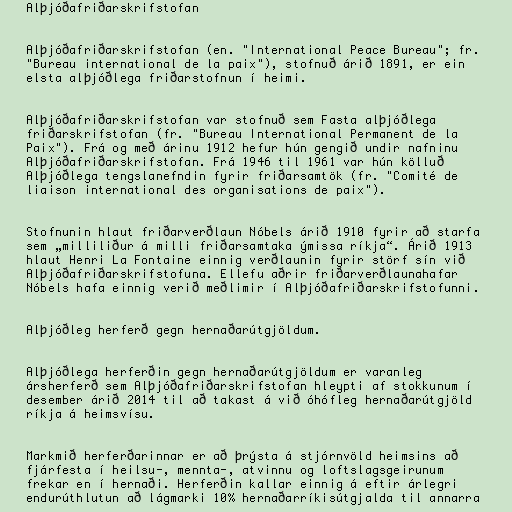
Alþjóðafriðarskrifstofan

Alþjóðafriðarskrifstofan (en. "International Peace Bureau"; fr.
"Bureau international de la paix"), stofnuð árið 1891, er ein
elsta alþjóðlega friðarstofnun í heimi.

Alþjóðafriðarskrifstofan var stofnuð sem Fasta alþjóðlega
friðarskrifstofan (fr. "Bureau International Permanent de la
Paix"). Frá og með árinu 1912 hefur hún gengið undir nafninu
Alþjóðafriðarskrifstofan. Frá 1946 til 1961 var hún kölluð
Alþjóðlega tengslanefndin fyrir friðarsamtök (fr. "Comité de
liaison international des organisations de paix").

Stofnunin hlaut friðarverðlaun Nóbels árið 1910 fyrir að starfa
sem „milliliður á milli friðarsamtaka ýmissa ríkja“. Árið 1913
hlaut Henri La Fontaine einnig verðlaunin fyrir störf sín við
Alþjóðafriðarskrifstofuna. Ellefu aðrir friðarverðlaunahafar
Nóbels hafa einnig verið meðlimir í Alþjóðafriðarskrifstofunni.

Alþjóðleg herferð gegn hernaðarútgjöldum.

Alþjóðlega herferðin gegn hernaðarútgjöldum er varanleg
ársherferð sem Alþjóðafriðarskrifstofan hleypti af stokkunum í
desember árið 2014 til að takast á við óhófleg hernaðarútgjöld
ríkja á heimsvísu.

Markmið herferðarinnar er að þrýsta á stjórnvöld heimsins að
fjárfesta í heilsu-, mennta-, atvinnu og loftslagsgeirunum
frekar en í hernaði. Herferðin kallar einnig á eftir árlegri
endurúthlutun að lágmarki 10% hernaðarríkisútgjalda til annarra